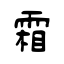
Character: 霜